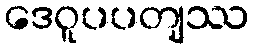
ဒေဝူပပတျဿ